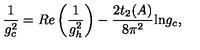
\frac { 1 } { g _ { c } ^ { 2 } } = R e \left( \frac { 1 } { g _ { h } ^ { 2 } } \right) - \frac { 2 t _ { 2 } ( A ) } { 8 \pi ^ { 2 } } \mathrm { l n } g _ { c } ,